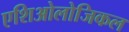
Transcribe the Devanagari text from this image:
एशिओलोजिकल